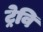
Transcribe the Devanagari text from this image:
ट्रेवि